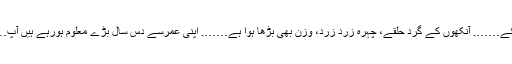
آپ تو بالکل ہی بدل گئے……. آنکھوں کے گرد حلقے، چہرہ زرد زرد، وزن بھی بڑھا ہوا ہے……. اپنی عمرسے دس سال بڑے معلوم ہورہے ہیں آپ……. آخر ہوا کیا ہے؟